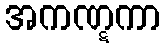
အကဏ္ဋကာ